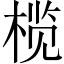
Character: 榄